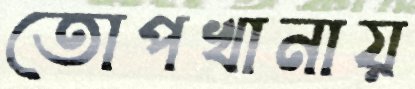
তোপখানায়